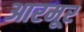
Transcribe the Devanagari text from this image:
आरमूर